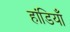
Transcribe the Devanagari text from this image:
हांडियाँ